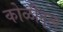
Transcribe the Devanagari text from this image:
कोळीनृत्य